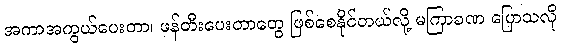
အကာအကွယ်ပေးတာ၊ ဖန်တီးပေးတာတွေ ဖြစ်စေနိုင်တယ်လို့ မကြာခဏ ပြောသလို